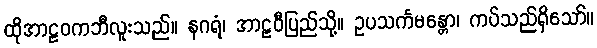
ထိုအာဠဝကဘီလူးသည်။ နဂရံ၊ အာဠဝီပြည်သို့။ ဥပသင်္ကမန္တော၊ ကပ်သည်ရှိသော်။